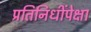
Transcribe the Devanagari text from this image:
प्रतिनिधींपेक्षा